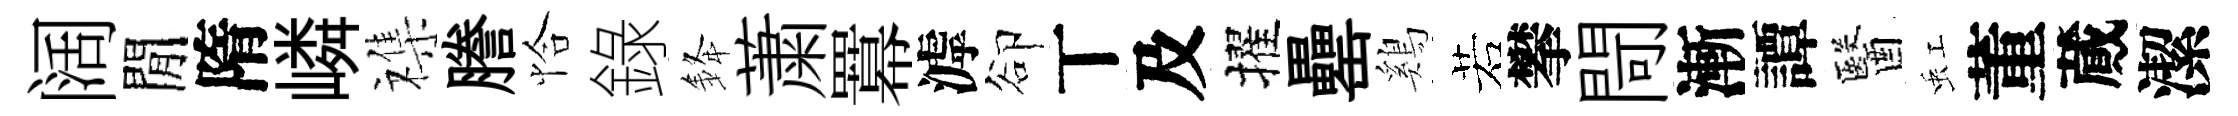
阔閒隋嶙襍謄恰錄𨦟䔥羃滹卻丅及擢罍鷄若攀閜漸譚醫虹董蕆潔